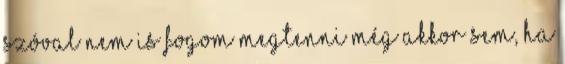
szóval nem is fogom megtenni még akkor sem, ha